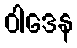
ဝါဒေန